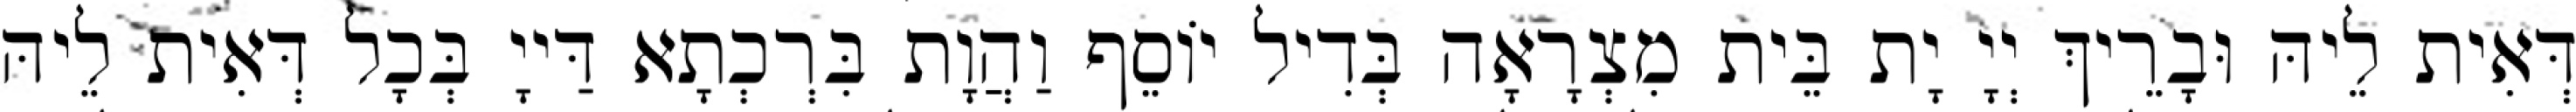
דְּאִית לֵיהּ וּבָרֵיךְ יְיָ יָת בֵּית מִצְרָאָה בְּדִיל יוֹסֵף וַהֲוָת בִּרְכְתָא דַּייָ בְּכָל דְּאִית לֵיהּ